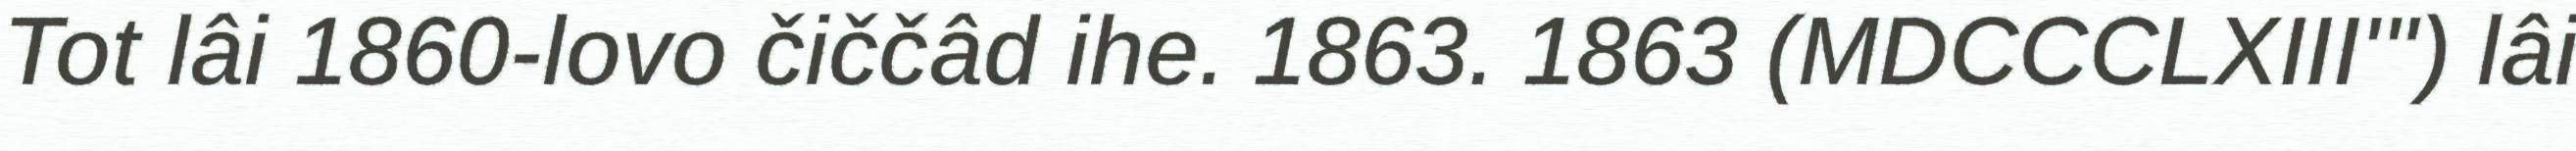
Tot lâi 1860-lovo čiččâd ihe. 1863. 1863 (MDCCCLXIII'") lâi